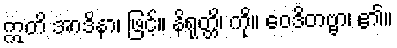
ဣတိ အာဒိနာ၊ ဖြင့်။ နိရုတ္တိ၊ ကို။ ဝေဒိတဗ္ဗာ၊ ၏။